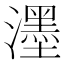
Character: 濹